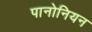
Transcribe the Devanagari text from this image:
पानोनियन